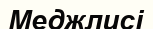
Меджлисі